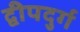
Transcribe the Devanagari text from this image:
द्वीपदुर्ग